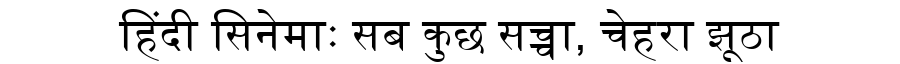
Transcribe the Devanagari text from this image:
हिंदी सिनेमाः सब कुछ सच्चा, चेहरा झूठा